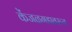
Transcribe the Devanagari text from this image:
केंजळगडावरून